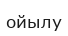
ойылу